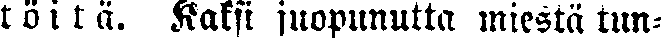
töitä. Kaksi juopunutta miestä tun-